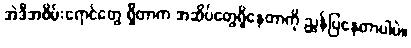
အဲဒီအစိမ်းရောင်တွေ ရှိတာက အဆိပ်တွေရှိနေတာကို ညွှန်ပြနေတာပါပဲ။